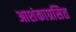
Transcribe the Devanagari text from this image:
आशंकाग्रसित